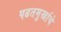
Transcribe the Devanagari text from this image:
पढतमुर्खाचे